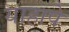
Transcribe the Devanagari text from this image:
याहापे